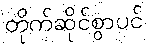
တိုက်ဆိုင်စွာပင်